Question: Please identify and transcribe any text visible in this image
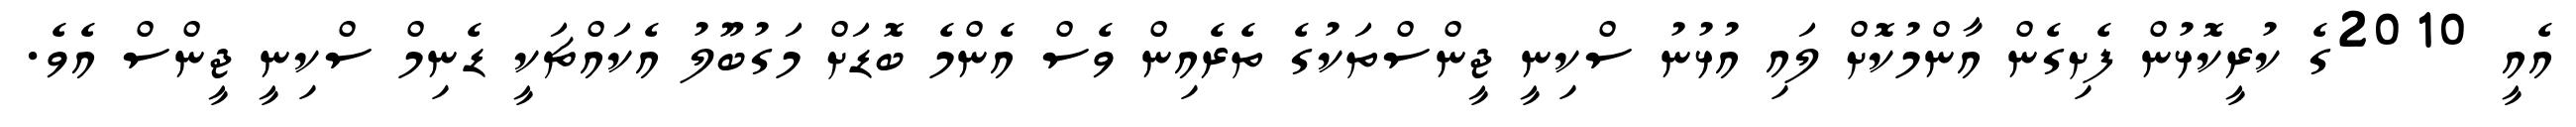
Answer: އެއީ 2010ގެ ކުރީކޮޅުން ފެށިގެން އާންމުކޮށް ލައި އުޅުނު ސްކިނީ ޖީންސްތަކުގެ ތެރެއިން ވެސް އެންމެ ބޮޑަށް މަގުބޫލު އެކައްޗަކީ ޑެނިމް ސްކިނީ ޖީންސް އެވެ.